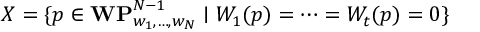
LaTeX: X = \{ p \in { \bf W P } _ { w _ { 1 } , \ldots , w _ { N } } ^ { N - 1 } \mid W _ { 1 } ( p ) = \cdots = W _ { t } ( p ) = 0 \}